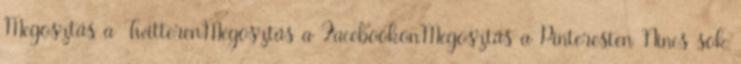
Megosztás a TwitterenMegosztás a FacebookonMegosztás a Pinteresten Nincs sok